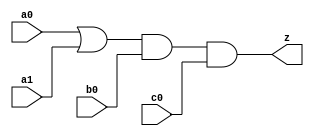
//#############################################################################
//# Function: Or-And (oa211) Gate                                             #
//# Copyright: OH Project Authors. ALl rights Reserved.                       #
//# License:  MIT (see LICENSE file in OH repository)                         # 
//#############################################################################

module oh_oa211 #(parameter DW = 1 ) // array width
   (
    input [DW-1:0]  a0,
    input [DW-1:0]  a1,
    input [DW-1:0]  b0,
    input [DW-1:0]  c0, 
    output [DW-1:0] z
    );
   
   assign z = (a0 | a1) & b0 & c0;
   
endmodule